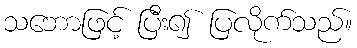
သဘောဖြင့် ပြီး၍ ပြလိုက်သည်။